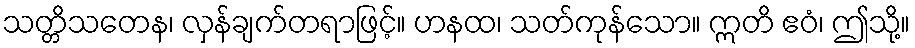
သတ္တိသတေန၊ လှန်ချက်တရာဖြင့်။ ဟနထ၊ သတ်ကုန်သော။ ဣတိ ဧဝံ၊ ဤသို့။